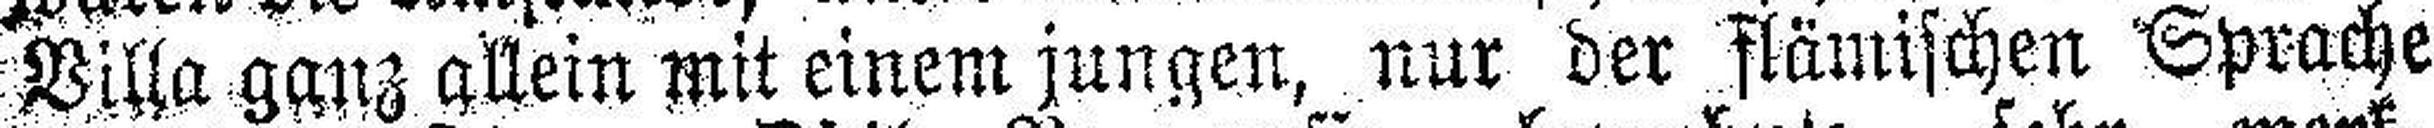
Villa ganz allein mit einem jungen, nur der flämischen Sprache